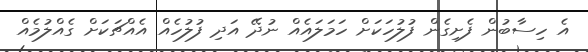
އެ ހިސާބުން ފެށިގެން ފުލުހަކަށް ހަމަލައެއް ނުދޭ އަދި ފުލުހެއް އެއްޗަކަށް ގެއްލުމެއް